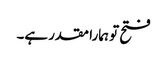
فتح تو ہمارا مقدر ہے۔